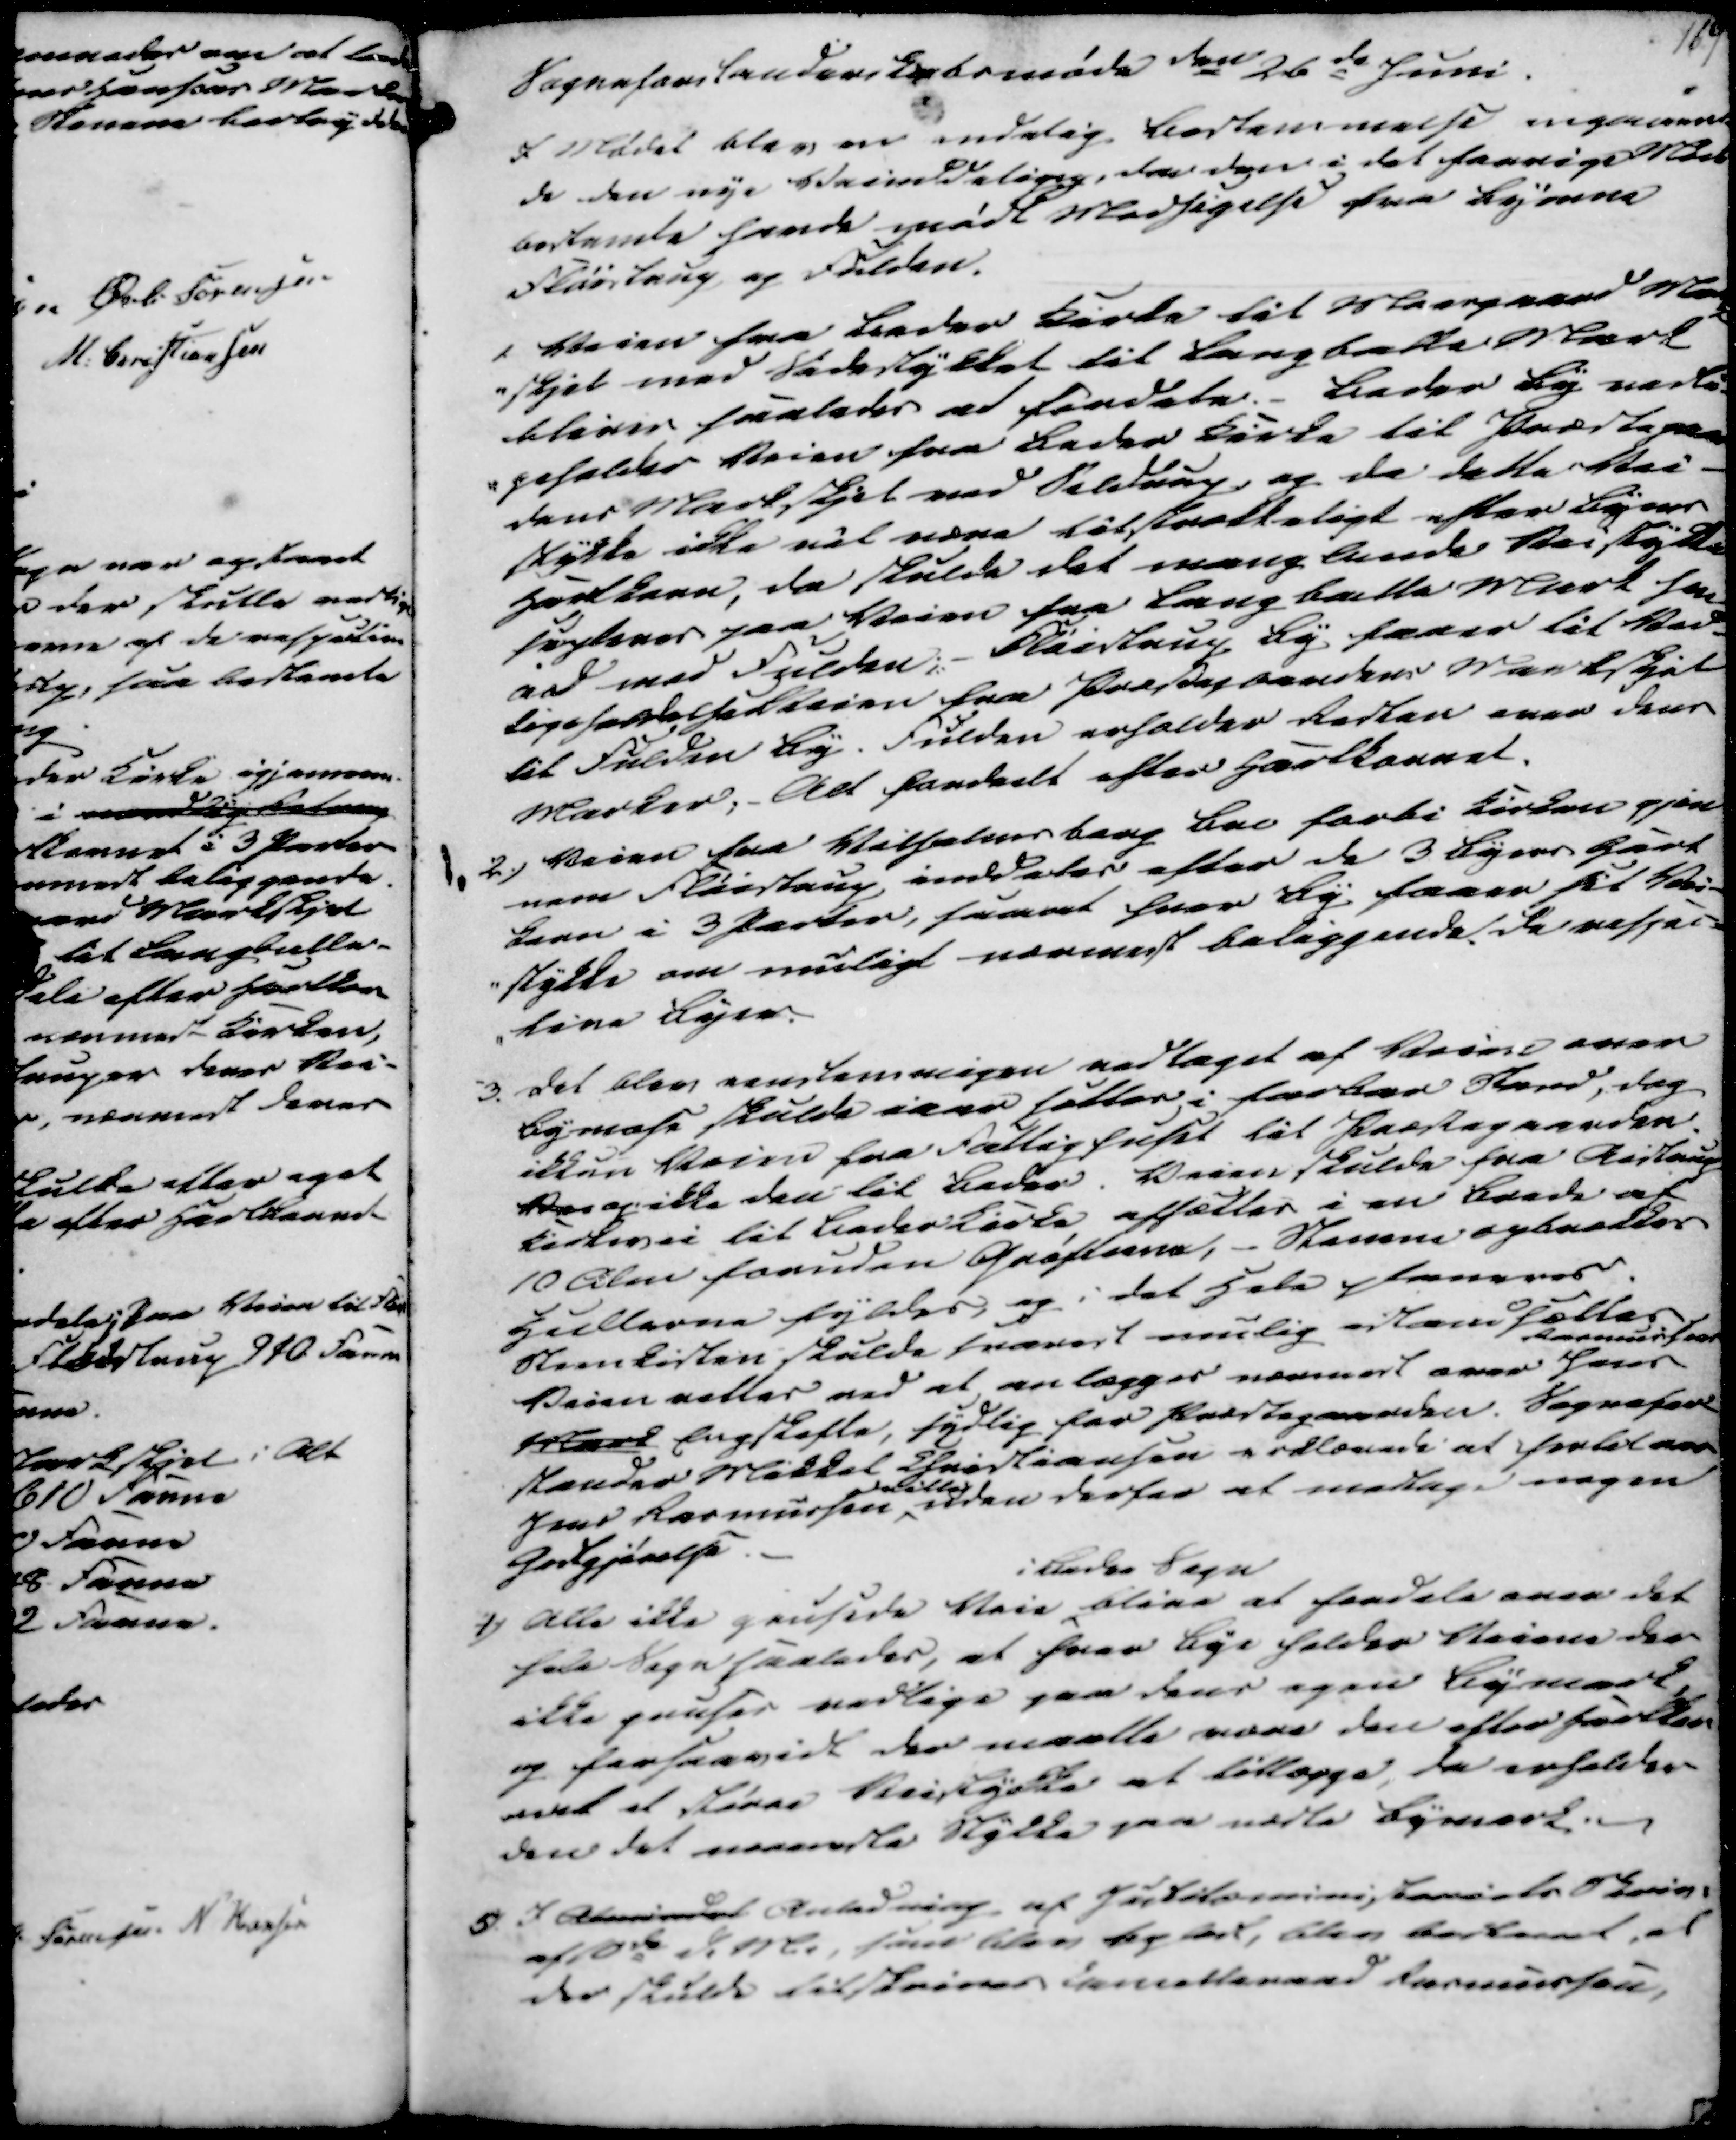
Transskription:
Sogneforstanderskabsmøde den 26de Juni.
I Mødet blev en endelig Bestemmelse angaaen
de den nye Veienddeling, da den i det forrige Møde
bestemte havde mødt Modsigelse fra Byerne
Fløistrup og Fulden.
1. Veien fra Beder Kirke til Moesgaard Mark
-skjel med Sidestykket til Langballe Mark
bliver saaledes at fordele.- Beder By vedli-
-geholder Veien fra Beder Kirke til Præstegaar
dens Markskjel ved Seldrup, og da dette Vei-
stykke ikke vil være tilstrækkeligt efter Byens
Hartkorn, da skulde det manglende Veistykke
supleres paa Veien fra Langballe Mark hen
ad mod Fulden;- Fløistrup By faaer til Ved-
ligeholdelse Veien fra Præstegaardens Markskjel
til Fulden By. Fulden erholder Resten over dens
Marker;- Alt fordeelt efter Hartkornet.
2.) Veien fra Vilholmsborg Bol forbi Kirken gjen
nem Fløistrup inddeles efter de 3 Byers Hart
korn i 3 Parter, saaat hver By faaer sit Vei-
-stykke om muligt nærmest beliggende de respec-
-tive Byer.

3. Det blev eenstemmigen vedtaget at Veien over
Bymose skulde iaar sættes i farbar Stand, dog
ikkun Veien fra Fattighuset til Præstegaarden.
Vei og ikke den til Beder. Veien skulde fra Aistrup
kirkevei til Beder Kirke afsættes i en Brede af
10 Alen foruden Grøfterne, - Stenene opbrækkes
Hullerne fyldes, og i det Hele planeres
Steenkisten skulde snarest mulig istandsættes
Veien rettes ved at anlægges nærmest over Jens
Rasmussens
Mark Engskifte, sydlig for Præstegaarden. Sognefor-
stander Mikkel Christiansen erklærede at hertil var
Jens Rasmussen
villig
uden derfor at modtage nogen
Godtgjørelse.
i Beder Sogn
4) Alle ikke grusede Veie blive at fordele over det
hele Sogn saaledes, at hver Bye holder Veiene der
ikke gruses vedlige paa dens egen Bymark,
og forsaavidt der maatte være den efter Hartkor
net et større Veistykke at tillægge, da erholder
den det nærmeste Stykke paa næste Bymark.
5) I Almindet Anledning af Justitsministeriets Skriv.
af 10de d.M., som blev oplæst, blev bestemt, at
der skulde tilskrives Cancelleraad Rasmussen,